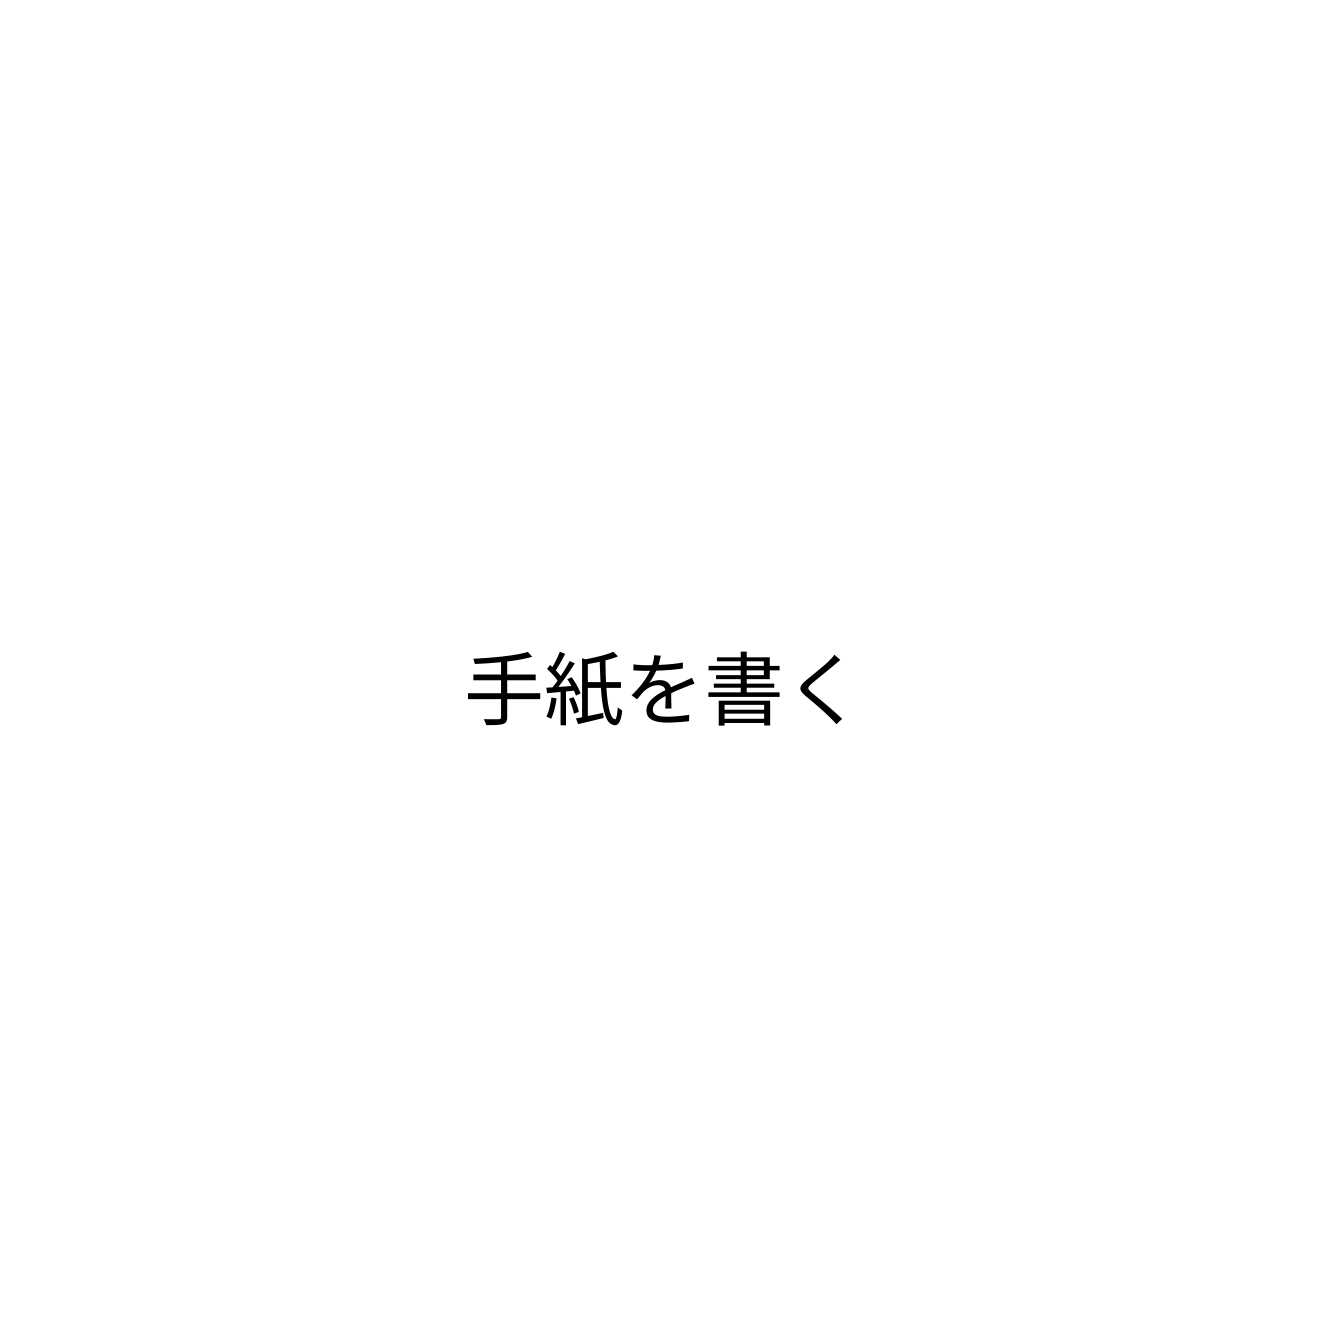
手紙を書く